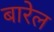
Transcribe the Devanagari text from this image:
बारेल